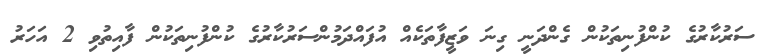
ސަރުކާރުގެ ކުންފުނިތަކުން ގެންދަނީ ގިނަ ވަޒީފާތަކެއް އުފައްދަމުންސަރުކާރުގެ ކުންފުނިތަކުން ފާއިތުވި 2 އަހަރު